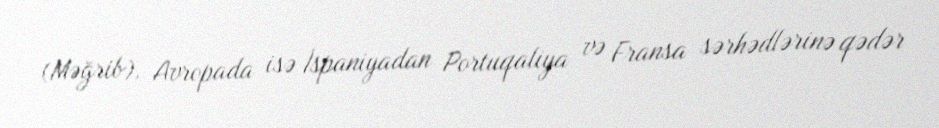
(Məğrib), Avropada isə İspaniyadan Portuqaliya və Fransa sərhədlərinə qədər